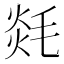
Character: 㲜